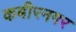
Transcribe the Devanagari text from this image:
कबीरनगर